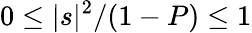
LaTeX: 0\leq|s|^{2}/(1-P)\leq 1